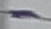
Text: -